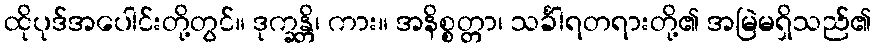
ထိုပုဒ်အပေါင်းတို့တွင်။ ဒုက္ခန္တိ၊ ကား။ အနိစ္စတ္တာ၊ သင်္ခါရတရားတို့၏ အမြဲမရှိသည်၏